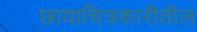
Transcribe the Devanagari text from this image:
छायाचित्रकारीतील